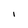
Character: I